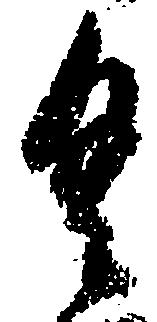
具